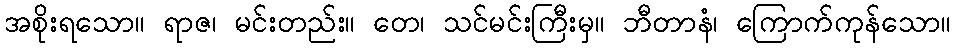
အစိုးရသော။ ရာဇ၊ မင်းတည်း။ တေ၊ သင်မင်းကြီးမှ။ ဘီတာနံ၊ ကြောက်ကုန်သော။